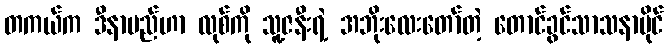
တကယ်က ဒီနာမည်ဟာ လုစ်ကို သူ့ဇနီးရဲ့ အဘိုးလေးတော်တဲ့ တောင်ခွင်သာသနာပိုင်